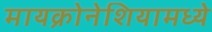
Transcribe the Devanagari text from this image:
मायक्रोनेशियामध्ये